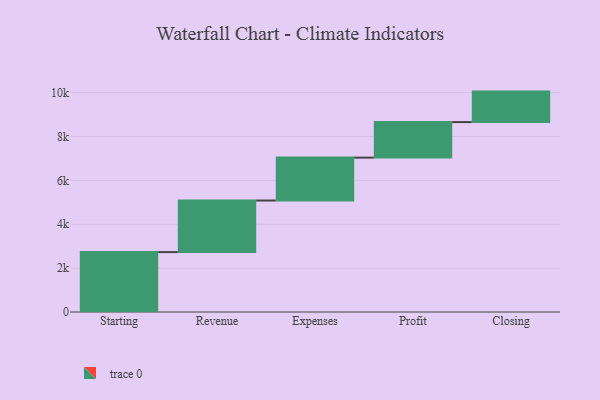
{"axis": {"x": "Step", "y": "Value"}, "legend": [""], "data": [{"x": "Starting", "y": 2730.0, "type": ""}, {"x": "Revenue", "y": 2350.0, "type": ""}, {"x": "Expenses", "y": 1956.0, "type": ""}, {"x": "Profit", "y": 1620.0, "type": ""}, {"x": "Closing", "y": 1389.0, "type": ""}]}